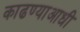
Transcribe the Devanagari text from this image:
काढण्याआधी